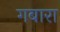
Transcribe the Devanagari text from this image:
गबारा